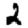
Digit: 2